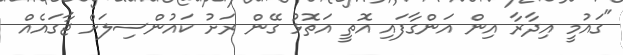
"ގައުމީ އިދާރާ އިން އަންގާފައި އޮތީ އަތޮޅު ގޭން ރަށު ކައުންސިލަށް ޖާގައެއް